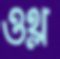
ওথ্‌ল